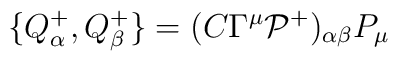
\{Q^+_\alpha,Q^+_\beta\} = (C\Gamma^\mu {\cal P}^+ )_{\alpha\beta} P_\mu